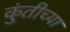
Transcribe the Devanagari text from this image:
कुंतीच्या